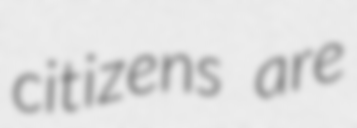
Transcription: citizens are